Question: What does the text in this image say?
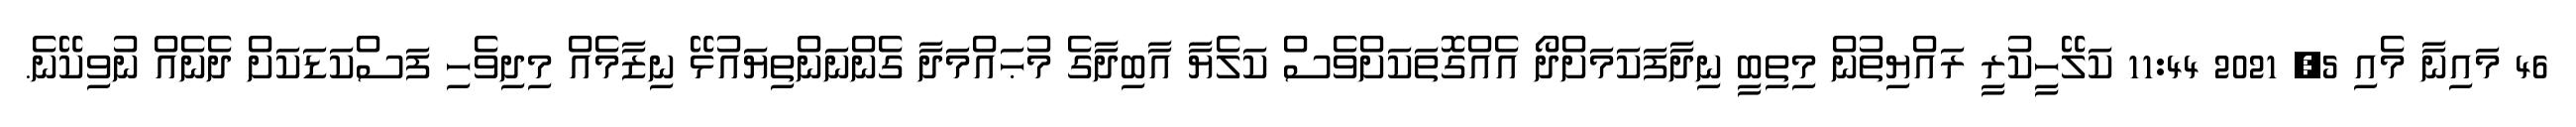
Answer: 46 މައިނާ މެއި 5, 2021 11:44 ކަލޭހީކުރީ ރައްޔިތުން މިތިބީ ނިދާފަކަމަށްދޯ އެއްގޮތަކަށްވެސް ކަލެޔާ އާބިދާގެ މުޙައްމަދާ ގެންނަންތިޔައުޅޭ ނިޒާމެއް މިދިވެހި ފަސްކަޑަކަށް ދެނެއް ނުވިކޭނެ.